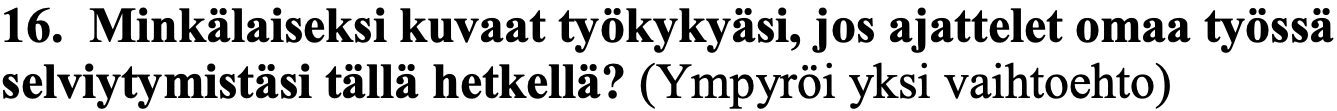
16. Minkälaiseksi kuvaat työkykyäsi, jos ajattelet omaa työssä selviytymistäsi tällä hetkellä? (Ympyröi yksi vaihtoehto)